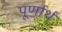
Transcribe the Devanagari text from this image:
पूर्णार्थ